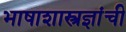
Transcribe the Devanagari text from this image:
भाषाशास्त्रज्ञांची